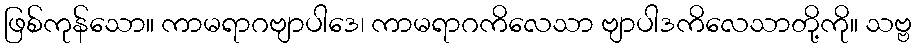
ဖြစ်ကုန်သော။ ကာမရာဂဗျာပါဒေ၊ ကာမရာဂကိလေသာ ဗျာပါဒကိလေသာတို့ကို။ သဗ္ဗ